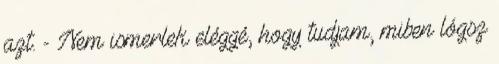
azt. - Nem ismerlek eléggé, hogy tudjam, miben lógsz